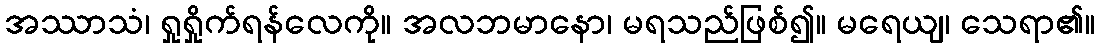
အဿာသံ၊ ရှုရှိုက်ရန်လေကို။ အလဘမာနော၊ မရသည်ဖြစ်၍။ မရေယျ၊ သေရာ၏။